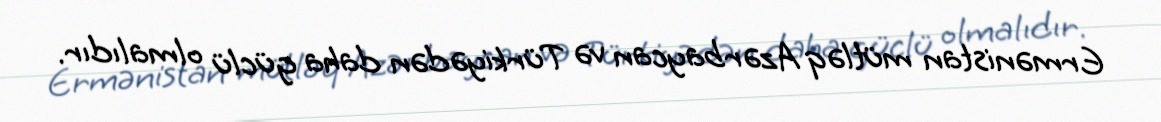
Ermənistan mütləq Azərbaycan və Türkiyədən daha güclü olmalıdır.